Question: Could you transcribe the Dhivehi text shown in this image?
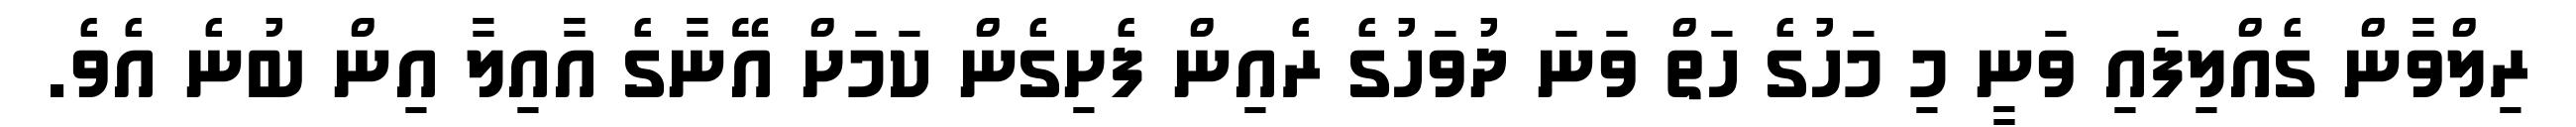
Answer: ރިލްވާން ގެއްލިފައި ވަނީ މި މަހުގެ ހަތް ވަނަ ދުވަހުގެ ރެއިން ފެށިގެން ކަމަށް އޭނާގެ އާއިލާ އިން ބުނެ އެވެ.